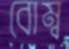
বোম্ব